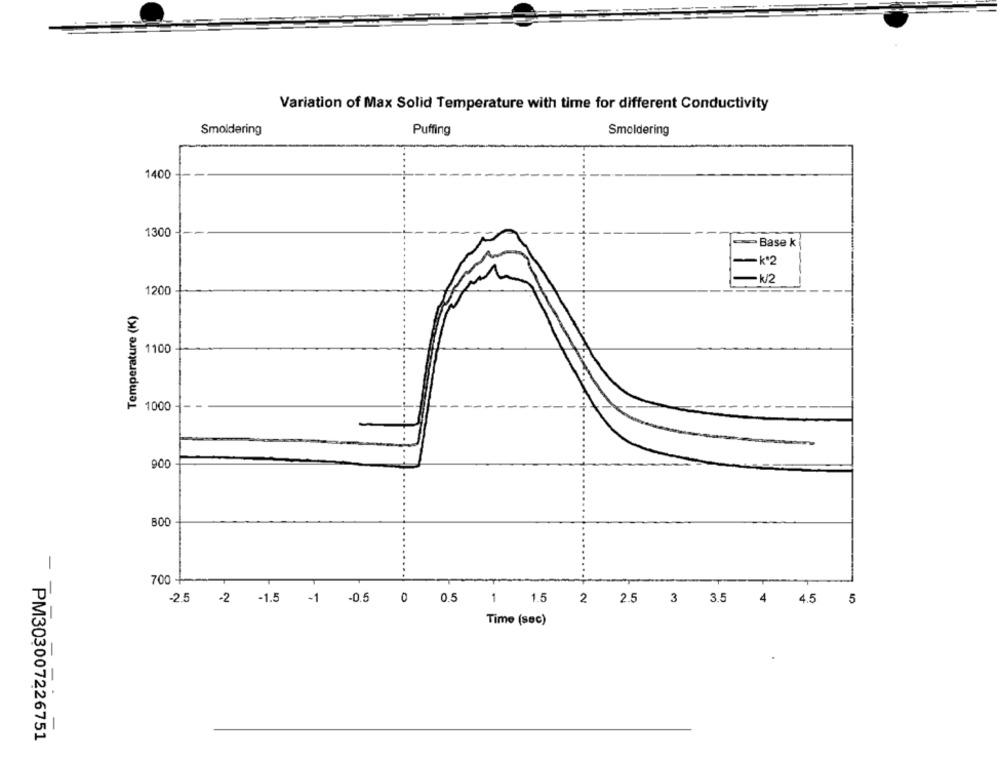
Variation of Max Solid Temperature with time for different Conductivity
Smoldering
Puffing
Smoldering
1400
1300
Base k
-K*2
- W2
1200
Temperature (K)
1100
1000
900
-
700 -
-2.5 -2 -1.5 -1 -0.5 0 0.5 1 1.5 2 2.5 3 3.5 4 4.5 5
Time (sec)
PM303007226751